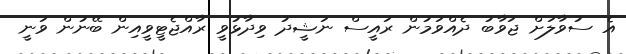
އެ ސުވާލަށް ޖަވާބު ދެއްވަމުން ރައީސް ނަޝީދު ވިދާޅުވީ ރާއްޖެޓީވީއިން ބޭނުން ވަނީ